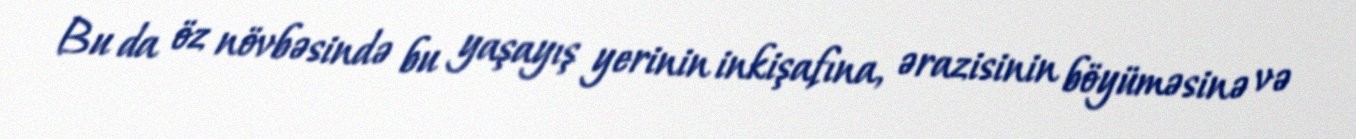
Bu da öz növbəsində bu yaşayış yerinin inkişafına, ərazisinin böyüməsinə və